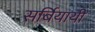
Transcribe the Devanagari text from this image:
सर्बियायी